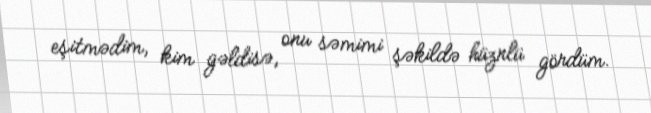
eşitmədim, kim gəldisə, onu səmimi şəkildə hüznlü gördüm.